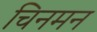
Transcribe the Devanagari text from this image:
चिनमन